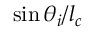
\sin \theta _ { i } / l _ { c }